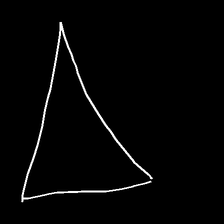
Glyph: convergence